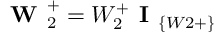
\textbf { W } _ { 2 } ^ { + } = W _ { 2 } ^ { + } \textbf { I } _ { \{ W 2 + \} }